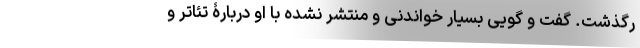
رگذشت. گفت و گویی بسیار خواندنی و منتشر نشده با او دربارۀ تئاتر و